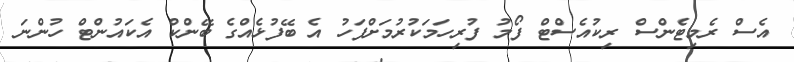
އެސް ރެމިޓެންސް ރިކުއެސްޓް ފޯމު ފުރިހަމަކުރުމަށްފަހު އެ ބޭފުޅެއްގެ ބޭންކް އެކައުންޓް ހުންނަ